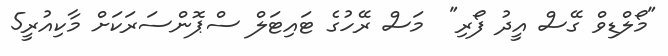
"މޯލްޑިވް ގޭސް އީދު ފޯރި"  މަސް ރޭހުގެ ޓައިޓަލް ސްޕޮންސަރަކަށް މާކިއުރީ5